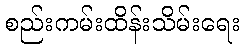
စည်းကမ်းထိန်းသိမ်းရေး